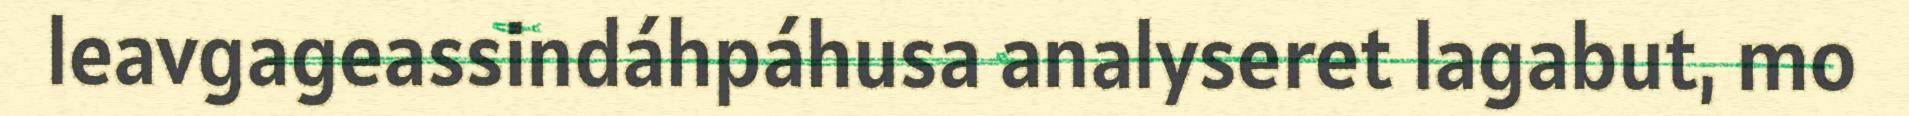
leavgageassindáhpáhusa analyseret lagabut, mo